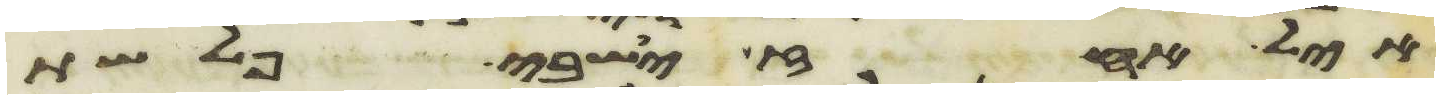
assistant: חיל אחז ישבי פלשת